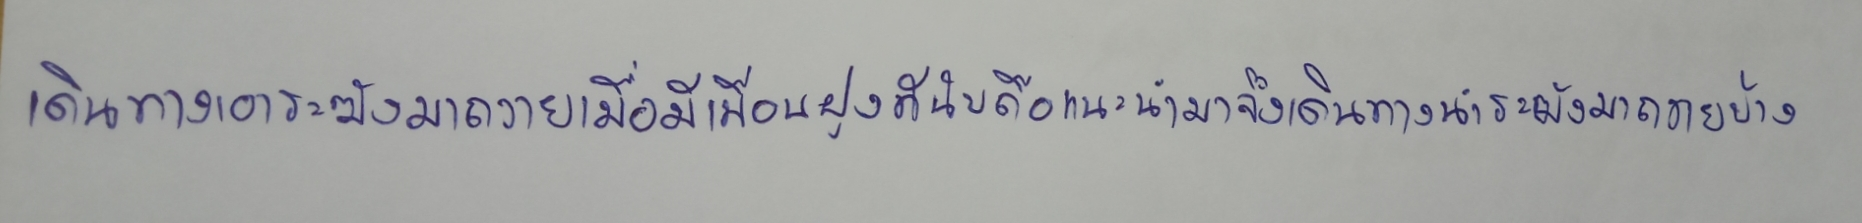
เดินทางเอาระฆังมาถวายเมื่อมีเพื่อนฝูงที่นับถือแนะนำมาจึงเดินทางนำระฆังมาถวายบ้าง